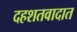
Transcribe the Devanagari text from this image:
दहशतवादात